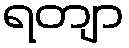
ရတျာ